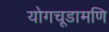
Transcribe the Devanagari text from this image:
योगचूडामणि